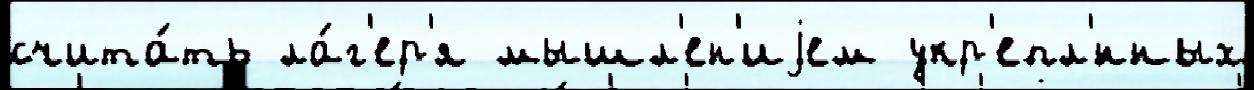
счита́ть ла́г'ер'я мышл'ен'иjем укр'епл'́нных